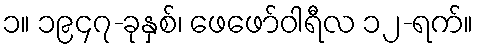
၁။ ၁၉၄၇-ခုနှစ်၊ ဖေဖော်ဝါရီလ ၁၂-ရက်။